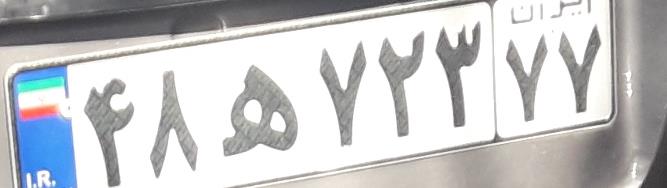
۴۸ه۷۲۳۷۷